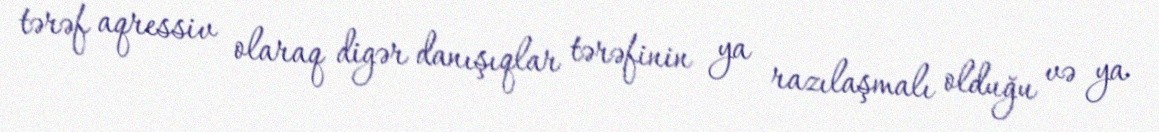
tərəf aqressiv olaraq digər danışıqlar tərəfinin ya razılaşmalı olduğu və ya